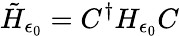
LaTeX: \tilde{H}_{\epsilon_{0}}=C^{\dagger}H_{\epsilon_{0}}C